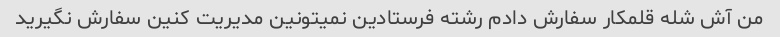
من آش شله قلمکار سفارش دادم رشته فرستادین نمیتونین مدیریت کنین سفارش نگیرید